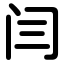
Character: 闫